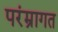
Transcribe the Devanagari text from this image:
परंम्रागत